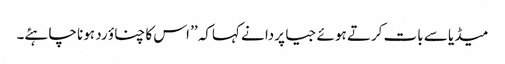
میڈیا سے بات کرتے ہوئے جیا پردا نے کہاکہ ’’ اس کا چناؤ رد ہونا چاہئے۔